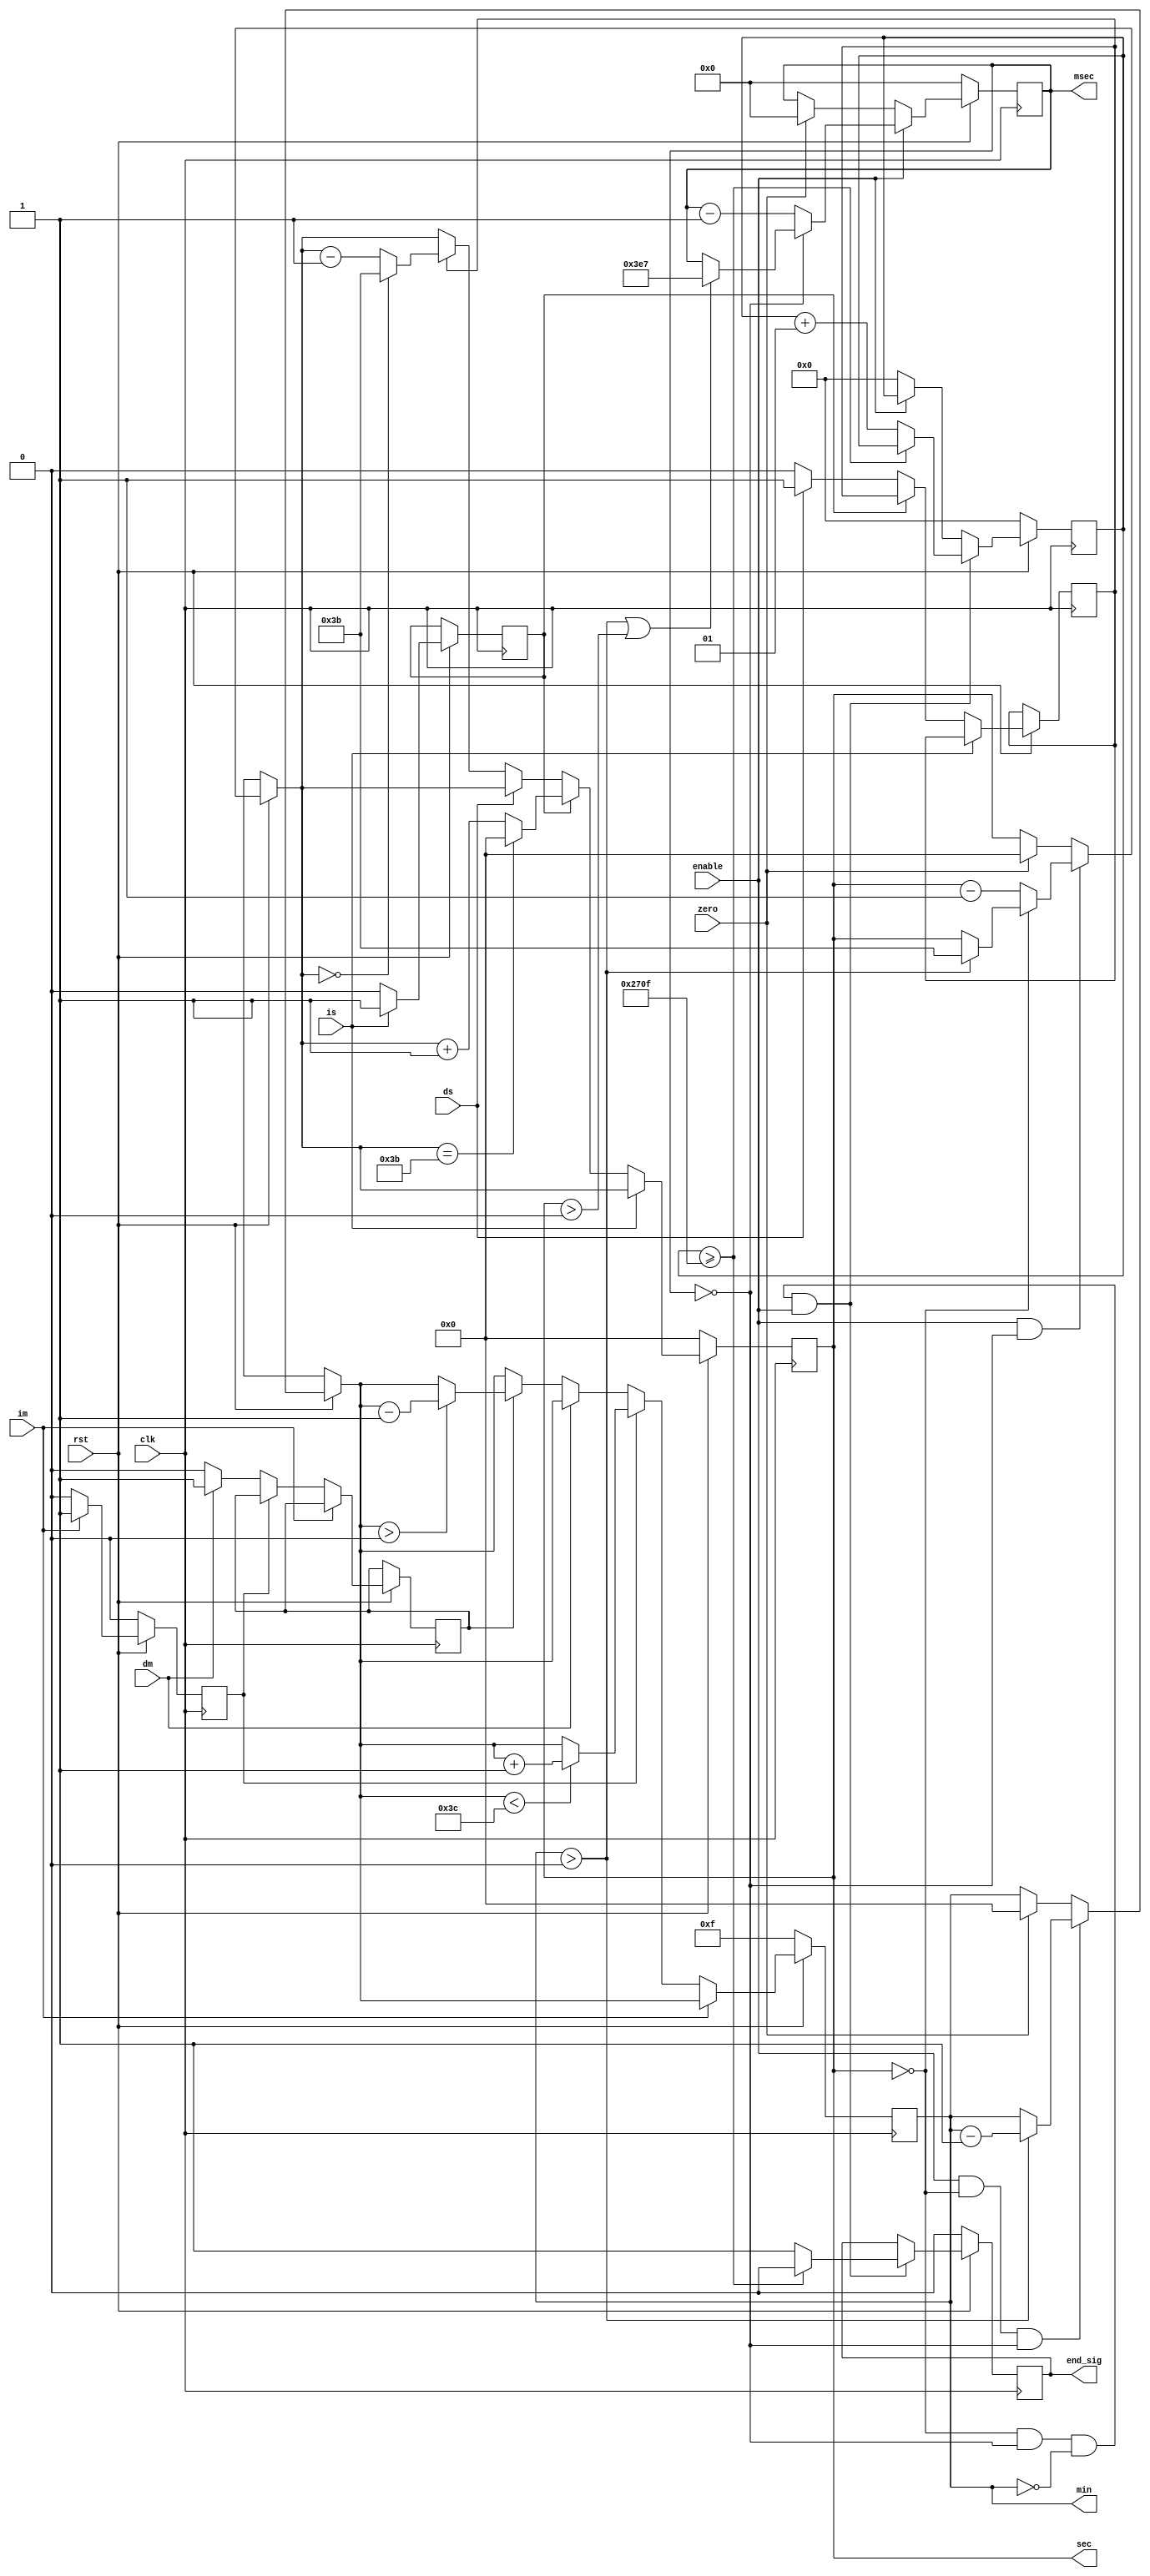
module timer(rst, clk,
	min, sec, msec,
	enable, zero, end_sig,
	im, dm, is, ds);
	input rst, clk;
	input enable, zero;
	input im, dm, is, ds;
	
	output [6:0] min, sec;
	output [14:0] msec;
	reg [6:0] min, sec;
	reg [14:0] msec;
	
	output end_sig;
	reg end_sig;
	
	reg f_m, df_m, f_s, df_s;
	
	integer cnt;

	always @(posedge clk) begin
		if (~rst) msec = 0;
		else begin
			if (enable) begin
				if (msec == 0) begin
					if ((min > 0) || (sec > 0))
						msec = 999;
				end
				else msec = msec - 1;
			end else if (zero) begin
				msec = 0;
			end
		end
	end
	
	always @(posedge clk) begin
		if (~rst) sec = 0;
		else begin
			if (enable && (msec == 0)) begin
				if (sec == 0) begin
					if (min > 0)
						sec = 59;
				end
				else sec = sec - 1;
			end else if (zero) begin
				sec = 0;
			end

			if (is) f_s = 1;
			else if (f_s) begin
				f_s = 0;
				if (sec == 59) sec = 0;
				else sec = sec + 1;
			end
			else if (ds) df_s = 1;
			else if (df_s) begin
				df_s = 0;
				if (sec == 0) sec = 59;
				else sec = sec -1;
			end
		end
	end
	
	always @(posedge clk) begin
		if (~rst) begin
			min = 15;
			f_m = 0;
		end
		else begin
			if (enable && (sec == 0) && (msec == 0)) begin
				if (min > 0) min = min - 1;
			end else if (zero) begin
				min = 0;
			end

			if (im) f_m = 1;
			else if (f_m) begin
				f_m = 0;
				if (min < 60)
					min = min + 1;
			end
			else if (dm) df_m = 1;
			else if (df_m) begin
				df_m = 0;
				if (min > 0)
					min = min - 1;
			end
		end
	end

	always @(posedge clk) begin
		if (~rst) begin
			end_sig = 0;
			cnt = 0;
		end
		else begin
			if ((sec == 0) && (msec == 0) && (min == 0) && enable) begin
				end_sig = 1;
				if (cnt >= 9999)
					end_sig = 0;
				else cnt = cnt + 1;
			end else if (~enable)
				cnt = 0;
		end
	end
endmodule